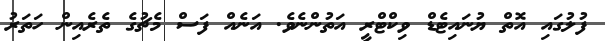
ފުލުގައި އޮތް ޔުނައިޓެޑް ވިކްޓްރީ އަތުންނެވެ. އަނެއް ފަސް މެޗުގެ ތެރެއިން ހަތަރު